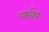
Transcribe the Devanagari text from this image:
पार्थक्‍य